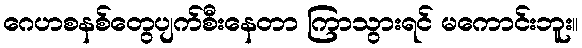
ဂေဟစနစ်တွေပျက်စီးနေတာ ကြာသွားရင် မကောင်းဘူး။